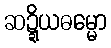
ဆဍ္ဍိယဓမ္မော